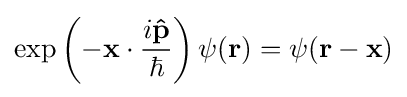
\exp \left(-\mathbf {x} \cdot {\frac {i\mathbf {\hat {p}} }{\hbar }}\right)\psi (\mathbf {r} )=\psi (\mathbf {r} -\mathbf {x} )